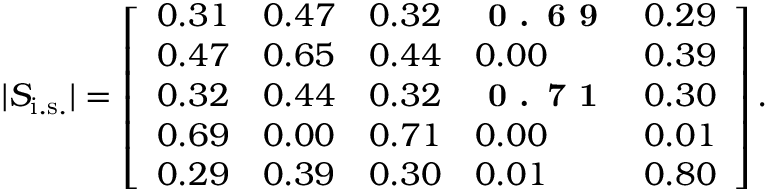
| S _ { \mathrm { i . s . } } | = \left[ \begin{array} { l l l l l } { { 0 . 3 1 } } & { { 0 . 4 7 } } & { { 0 . 3 2 } } & { \textbf { 0 . 6 9 } } & { { 0 . 2 9 } } \\ { { 0 . 4 7 } } & { { 0 . 6 5 } } & { { 0 . 4 4 } } & { { 0 . 0 0 } } & { { 0 . 3 9 } } \\ { { 0 . 3 2 } } & { { 0 . 4 4 } } & { { 0 . 3 2 } } & { \textbf { 0 . 7 1 } } & { { 0 . 3 0 } } \\ { { 0 . 6 9 } } & { { 0 . 0 0 } } & { { 0 . 7 1 } } & { { 0 . 0 0 } } & { { 0 . 0 1 } } \\ { { 0 . 2 9 } } & { { 0 . 3 9 } } & { { 0 . 3 0 } } & { { 0 . 0 1 } } & { { 0 . 8 0 } } \end{array} \right] .